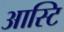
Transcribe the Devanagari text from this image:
आस्टि